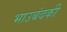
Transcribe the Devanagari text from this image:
भाउबंदकी